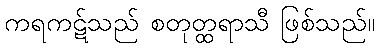
ကရကဋ်သည် စတုတ္ထရာသီ ဖြစ်သည်။